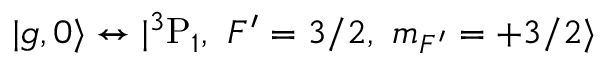
| { g } , 0 \rangle \leftrightarrow | { } ^ { 3 } \mathrm { P } _ { 1 } , ~ F ^ { \prime } = 3 / 2 , ~ m _ { F ^ { \prime } } = + 3 / 2 \rangle